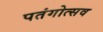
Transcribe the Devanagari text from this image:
पतंगोत्सव